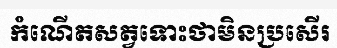
កំណើតសត្វទោះថាមិនប្រសើរ